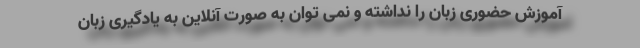
آموزش حضوری زبان را نداشته و نمی توان به صورت آنلاین به یادگیری زبان